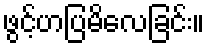
ဖွင့်ဟပြမိလေခြင်း။